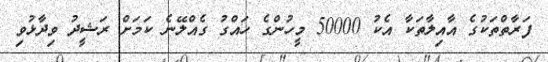
ފަރާތްތަކުގެ އާއިލާތަކާ އެކު 50000 މީހުންގެ ހައްގު ގެއްލޭނެ ކަމަށް ރަޝީދު ވިދާޅުވި